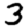
Digit: 3